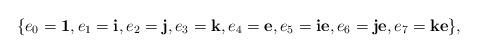
LaTeX: \begin{align*}\{e_{0}=\textbf{1}, e_{1}=\textbf{i}, e_{2}=\textbf{j}, e_{3}=\textbf{k}, e_{4}=\textbf{e}, e_{5}=\textbf{ie}, e_{6}=\textbf{je}, e_{7}=\textbf{ke}\},\end{align*}